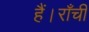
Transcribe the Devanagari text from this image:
हैं।राँची